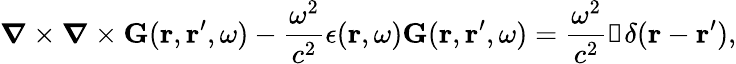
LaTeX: \boldsymbol{\nabla}\times\boldsymbol{\nabla}\times\mathbf{G}(\mathbf{r},\mathbf{r}^{\prime},\omega)-\frac{\omega^{2}}{c^{2}}\epsilon(\mathbf{r},\omega)\mathbf{G}(\mathbf{r},\mathbf{r}^{\prime},\omega)=\frac{\omega^{2}}{c^{2}}\mathbb{1}\delta(\mathbf{r}-\mathbf{r}^{\prime}),